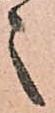
之